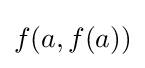
f(a,f(a))